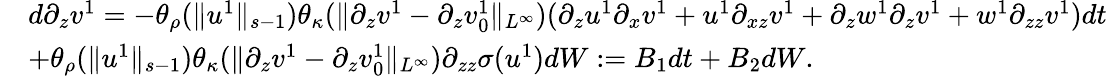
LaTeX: \begin{array}{rl}&{d\partial_{z}v^{1}=-\theta_{\rho}(\| u^{1}\| _{s-1})\theta_{\kappa}(\| \partial_{z}v^{1}-\partial_{z}v_{0}^{1}\| _{L^{\infty}})(\partial_{z}u^{1}\partial_{x}v^{1}+u^{1}\partial_{xz}v^{1}+\partial_{z}w^{1}\partial_{z}v^{1}+w^{1}\partial_{zz}v^{1})dt}\\ &{+\theta_{\rho}(\| u^{1}\| _{s-1})\theta_{\kappa}(\| \partial_{z}v^{1}-\partial_{z}v_{0}^{1}\| _{L^{\infty}})\partial_{zz}\sigma(u^{1})dW:=B_{1}dt+B_{2}dW.}\end{array}